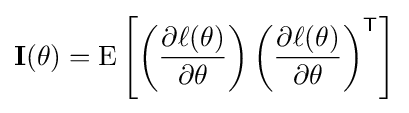
\mathbf {I} (\mathbf {\theta } )=\operatorname {E} \left[\left({\frac {\partial \ell (\mathbf {\theta } )}{\partial \mathbf {\theta } }}\right)\left({\frac {\partial \ell (\mathbf {\theta } )}{\partial \mathbf {\theta } }}\right)^{\mathsf {T}}\right]